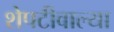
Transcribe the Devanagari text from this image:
शेपटीवाल्या